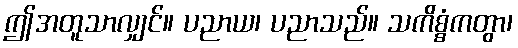
ဤအတူသာလျှင်။ ပညာယ၊ ပညာသည်။ သကိစ္စံကတွာ၊